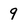
Character: 9